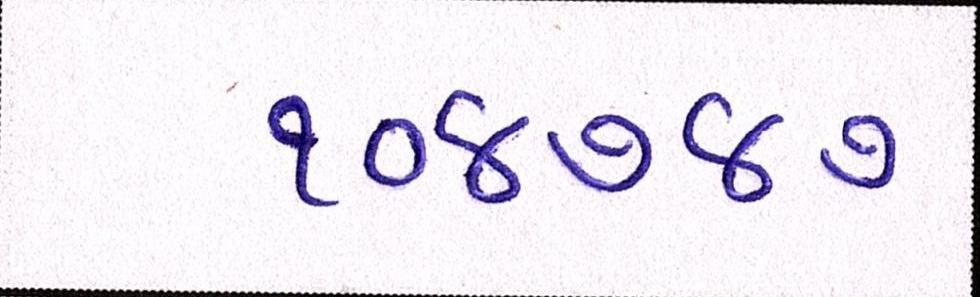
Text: ૧૦૪૭૪૭